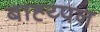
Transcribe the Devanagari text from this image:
बाह्य्पन